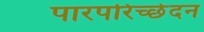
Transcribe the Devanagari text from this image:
पारपरिच्छेदन